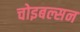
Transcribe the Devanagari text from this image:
चोइबल्सन